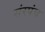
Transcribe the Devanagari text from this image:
संरपंच